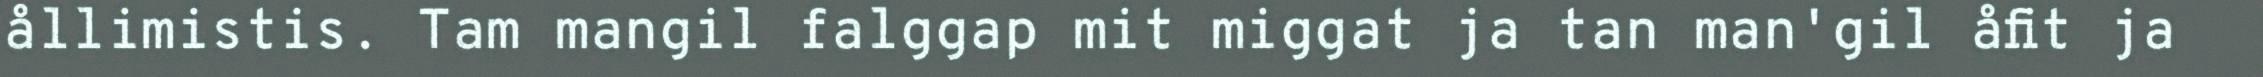
ållimistis. Tam mangil falggap mit miggat ja tan man'gil åfit ja